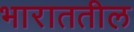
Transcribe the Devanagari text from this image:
भाराततील